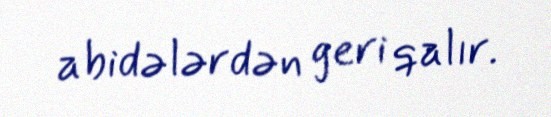
abidələrdən geri qalır.